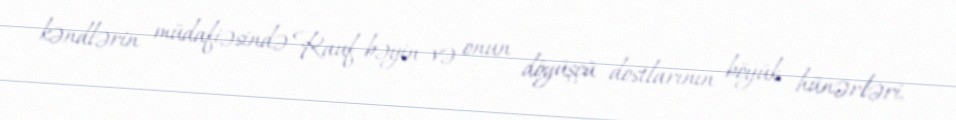
kəndlərin müdafiəsində Rauf bəyin və onun döyüşçü dostlarının böyük hünərləri,